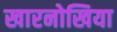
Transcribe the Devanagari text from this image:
खारनोखिया